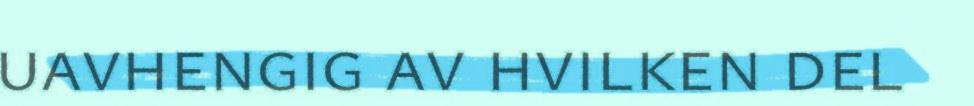
uavhengig av hvilken del